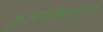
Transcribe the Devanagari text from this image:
कुओमिन्टांग